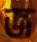
জ